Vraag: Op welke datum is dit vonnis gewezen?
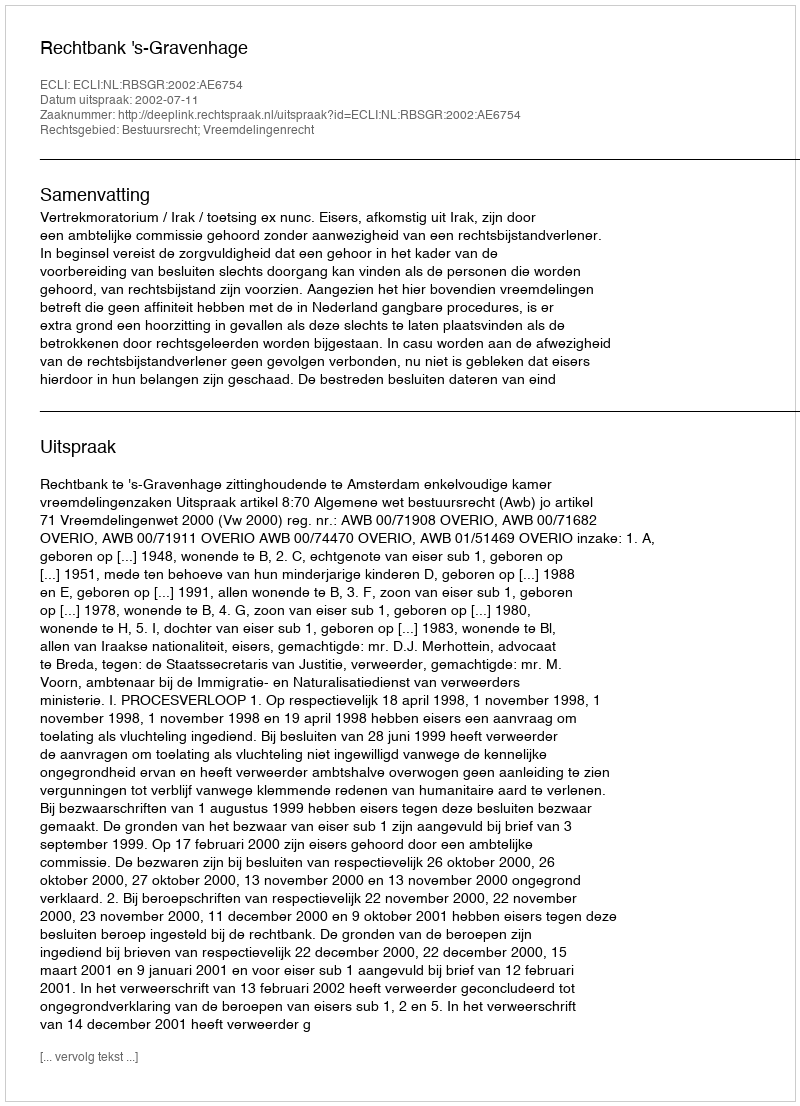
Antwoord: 2002-07-11